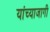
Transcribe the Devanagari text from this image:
यांच्याजागी